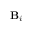
\mathbf { B } _ { i }